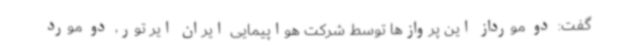
گفت: دو مورداز این پروازها توسط شرکت هواپیمایی ایران ایر تور، دو مورد